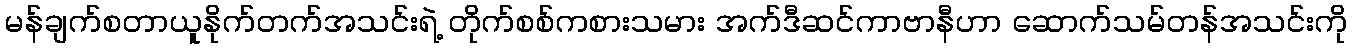
မန်ချက်စတာယူနိုက်တက်အသင်းရဲ့ တိုက်စစ်ကစားသမား အက်ဒီဆင်ကာဗာနီဟာ ဆောက်သမ်တန်အသင်းကို